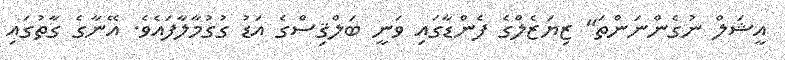
އީޝަލް ނުގެންނަންތަ" ޒިޔަޒެލްގެ ފެންޑާގައި ވަނީ ބަލްޤިސްގެ އަޑު ގުގުމާލާފައެވެ. އޭނާގެ ގާތުގައި